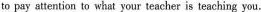
to pay attention to what your teacher is teaching you.